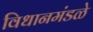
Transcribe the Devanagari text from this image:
विधानमंडळे